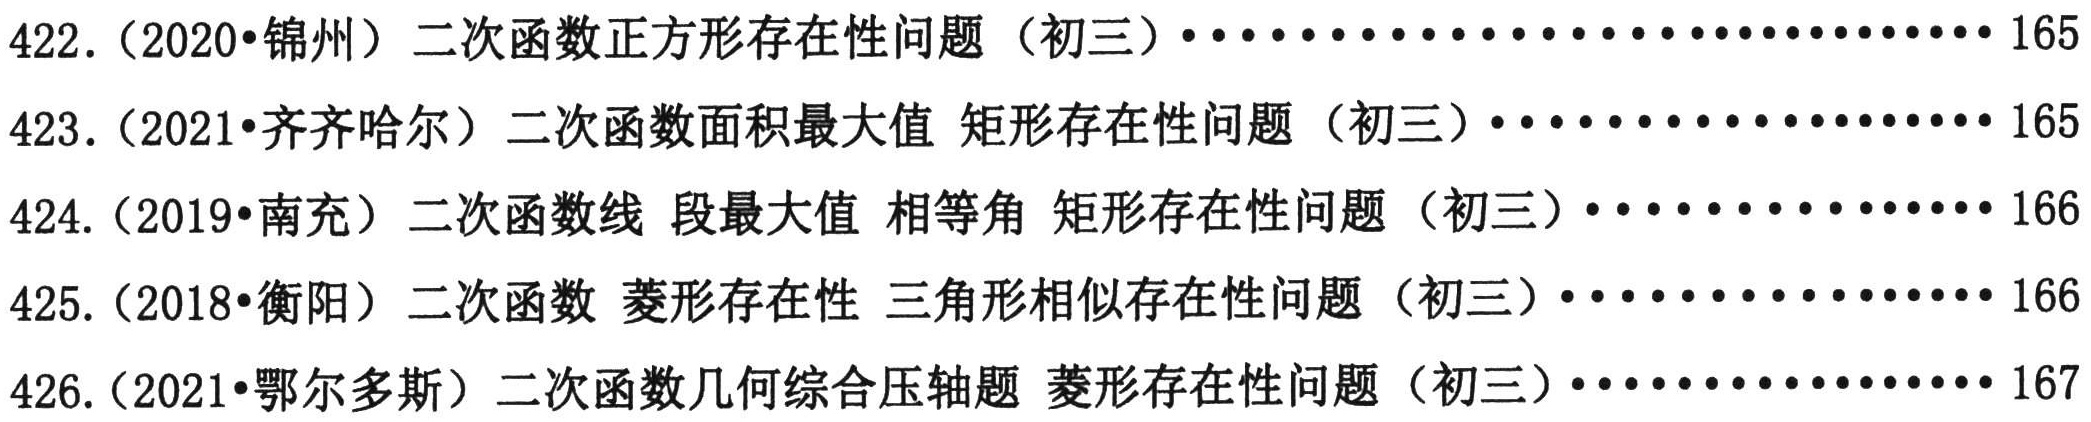
422.（2020•锦州）二次函数正方形存在性问题（初三）··························165
423.（2021•齐齐哈尔）二次函数面积最大值 矩形存在性问题（初三）··················165
424.（2019•南充）二次函数线 段最大值 相等角 矩形存在性问题（初三）················166
425.（2018•衡阳）二次函数 菱形存在性 三角形相似存在性问题（初三）················166
426.（2021•鄂尔多斯）二次函数几何综合压轴题 菱形存在性问题（初三）················167